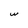
Character: w